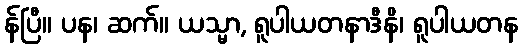
န်ပြီ။ ပန၊ ဆက်။ ယသ္မာ, ရူပါယတနာဒီနိ၊ ရူပါယတန